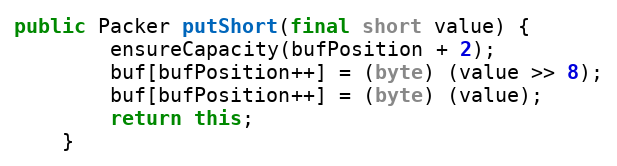
Language: Java
public Packer putShort(final short value) {
		ensureCapacity(bufPosition + 2);
		buf[bufPosition++] = (byte) (value >> 8);
		buf[bufPosition++] = (byte) (value);
		return this;
	}